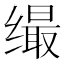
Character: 𦈛